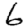
Digit: 6